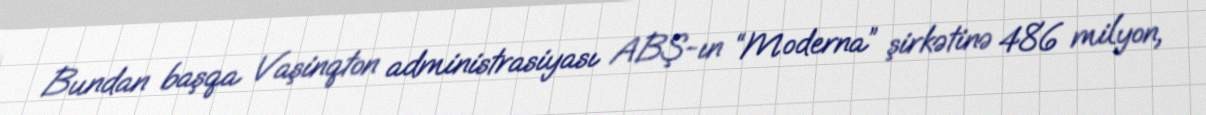
Bundan başqa Vaşinqton administrasiyası ABŞ-ın “Moderna” şirkətinə 486 milyon,